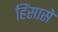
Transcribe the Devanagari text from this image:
हिंसासे